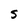
Character: S